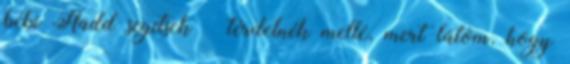
bébi Hadd segítsek – térdelnék mellé, mert látom, hogy